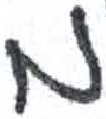
אות: מ